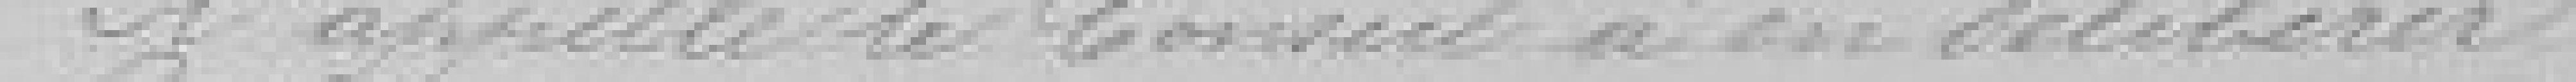
Il appelle le Conseil a en délibérer.